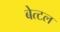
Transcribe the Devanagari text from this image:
बेत्टल